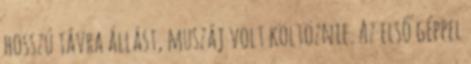
hosszú távra állást, muszáj volt költöznie. Az első géppel